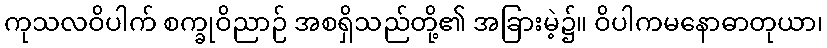
ကုသလဝိပါက် စက္ခုဝိညာဉ် အစရှိသည်တို့၏ အခြားမဲ့၌။ ဝိပါကမနောဓာတုယာ၊